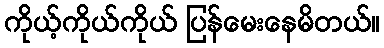
ကိုယ့်ကိုယ်ကိုယ် ပြန်မေးနေမိတယ်။